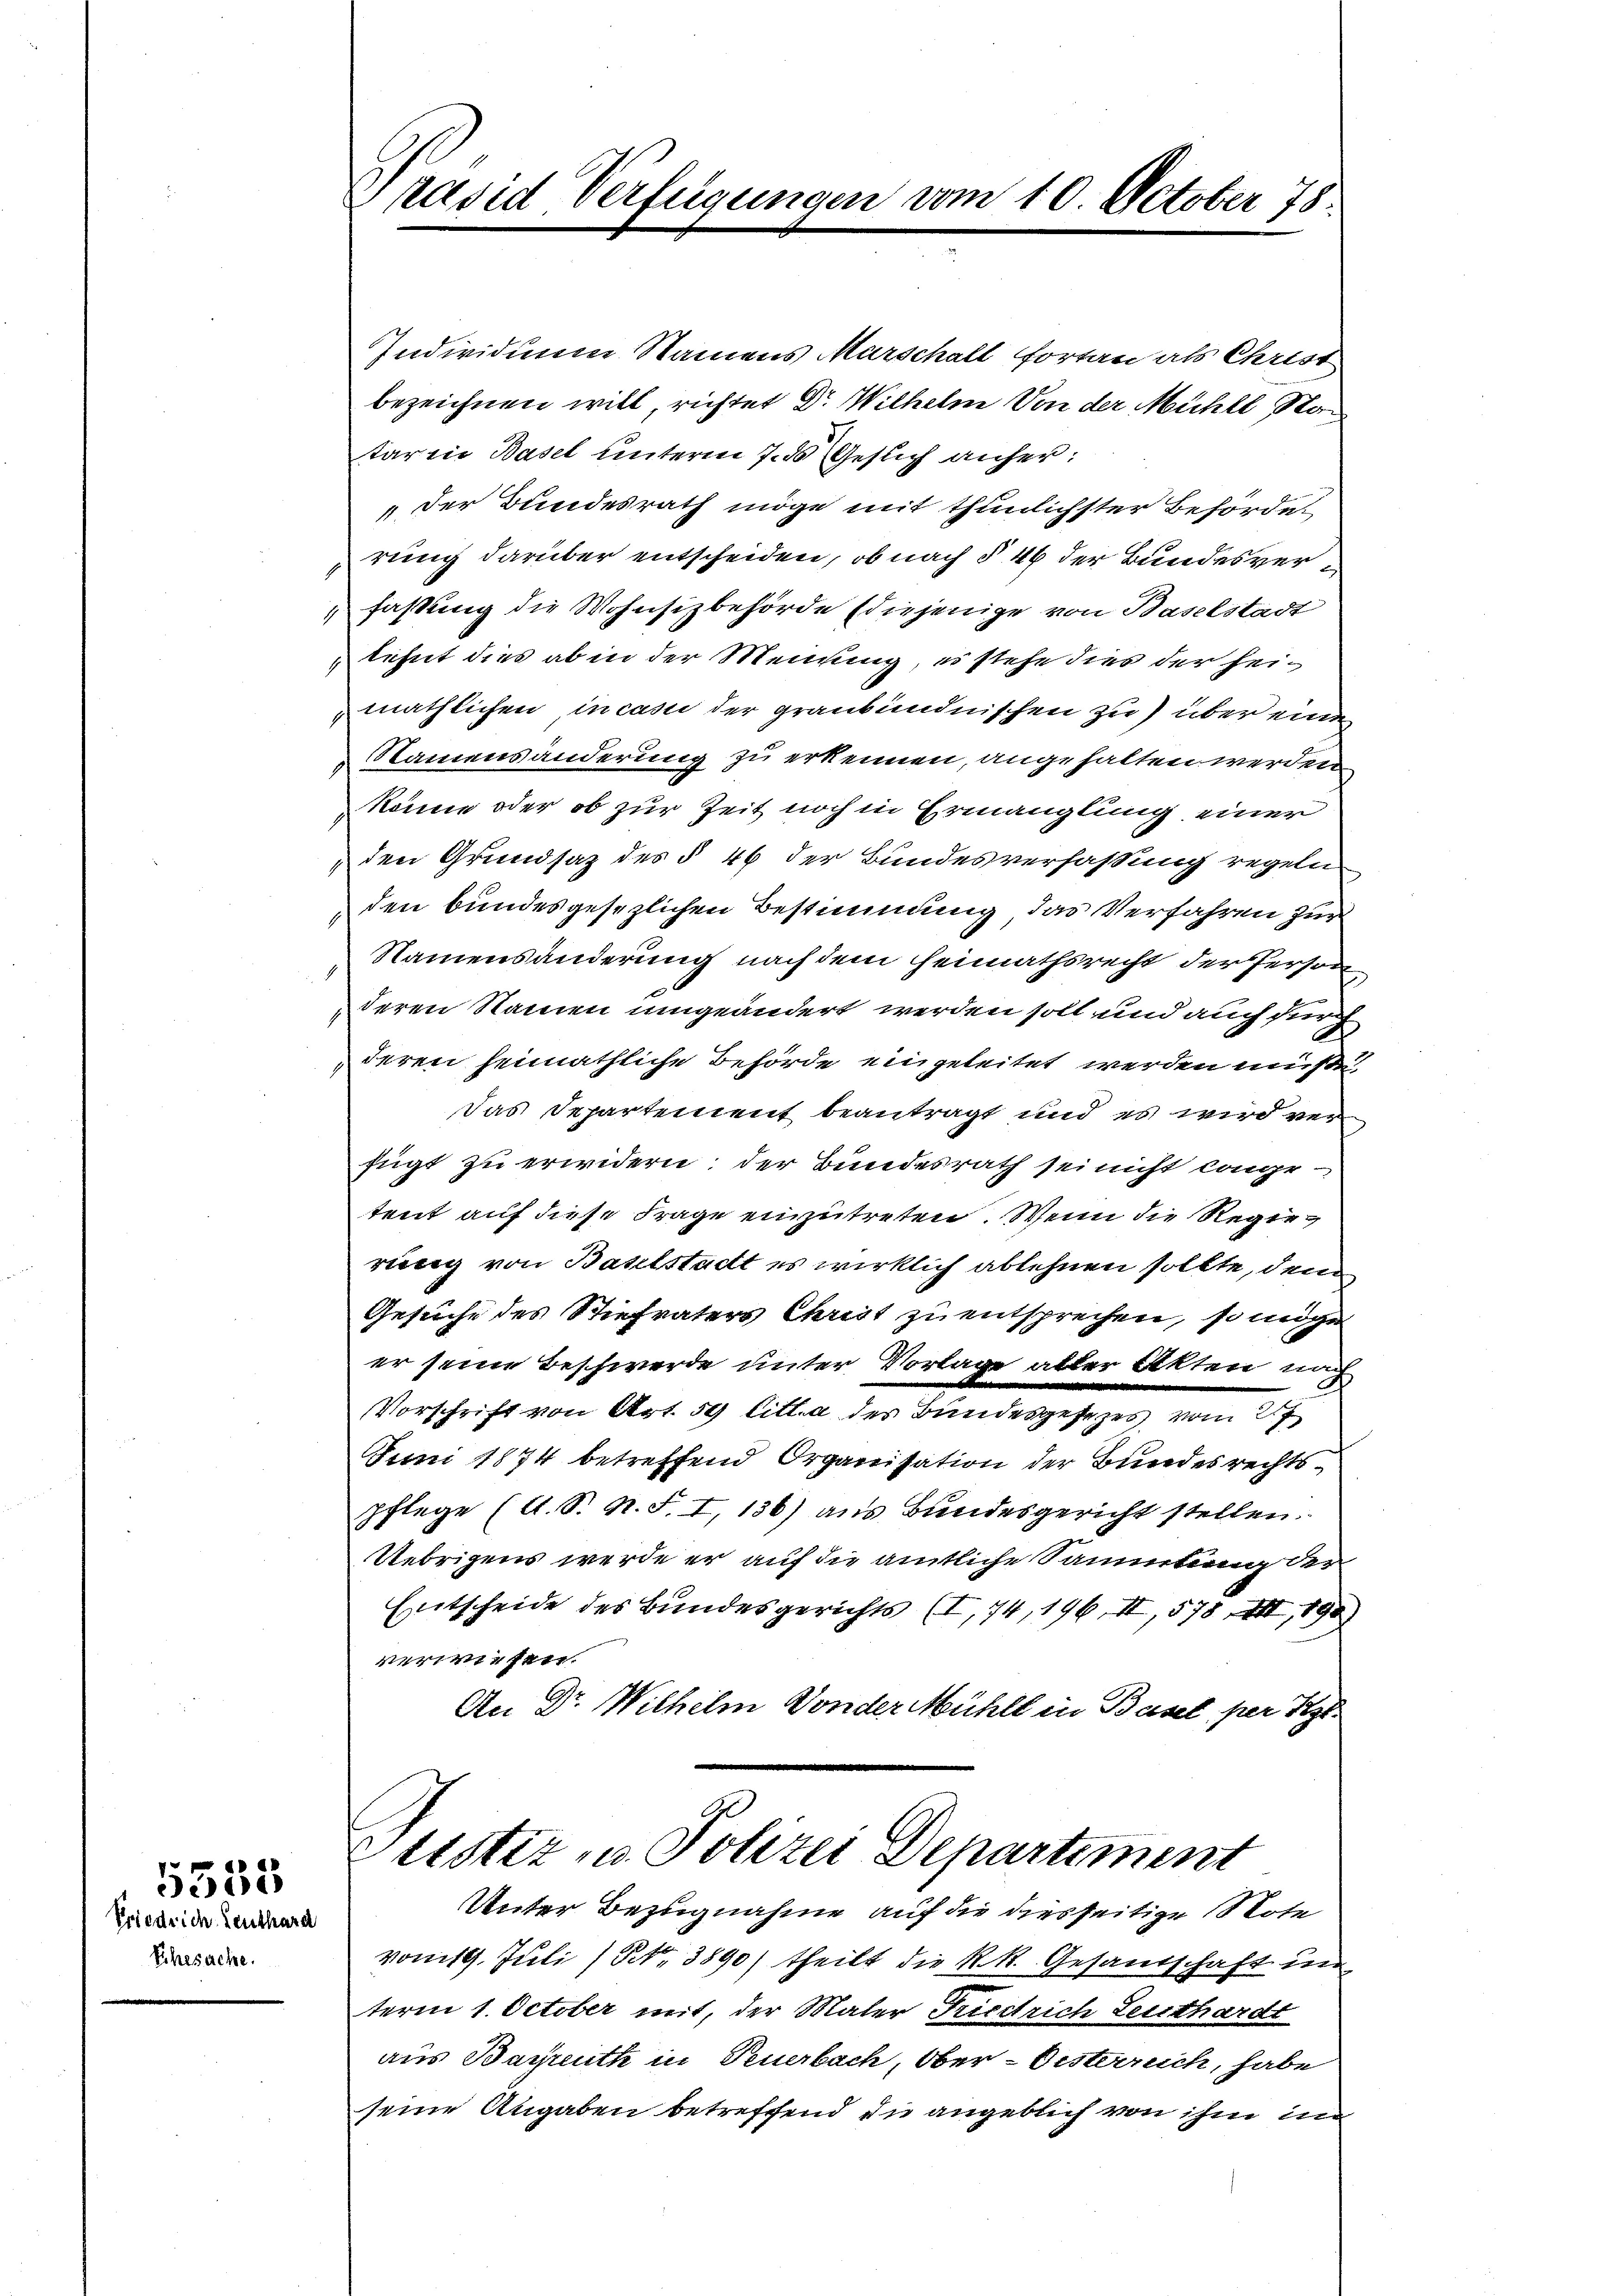
Priedrich Leuthard
Ehesache.

553

1
s
2
2
d
2
1
.
1

präsid Verfügungen vom 10. October 78.

Individuum Namens Marschalt fortan als Christ
bezeichnen will richtet Dr. Wilhelm Von der Mühle Statar in Basel unterm 7. ds Gesuch anher¬
" der Bundesrath möge mit thunlichster Behörder
rung darüber entscheiden, ob nach § 46 der Bundesverfassung die Wohnsizbehörde (diejenige von Baselstadt
lehnt dies ab in der Meinung, es stehe dies der heimäthlichen in casii der graubündnischen zu über eine
Namensänderung zu erkennen, angehalten werden
könne oder ob zur Zeit noch in Ermanglung einer
den Grundsaz des § 46 der Bundesverfassung regeln
den bundesgesezlichen Bestimmung, das Verfahren zur
Namensänderung nach dem Heimathsrecht der Person
deren Namen umgeändert werden soll und auch durch
deren heimathliche Behörde eingeleitet werden müßte,
Das Departement beantragt und es wird verfügt zu erwidern; der Bundesrath sei nicht lange-
tent auf diese Frage einzutreten. Wenn die Regierung von Baselstadt es wirklich ablehnen sollte, dem
Gesuche des Stiefvaters Christ zu entsprechen, so möge
er seine Beschwerde unter Vorlage aller Akten nach
Vorschrift von Art. 59 litt. a der Bundesgesezes vom 27
Juni 1874 betreffend Organisation der Bundesrechtspflege (s. S. N. F. I, 136) aus Bundesgericht stellen.
Uebrigens werde er auf die amtliche Sammlung der
Entscheide des Bundesgerichts (I, 74, 196. II, 578 XXIII, 190
verwiesen.
An Dr. Wilhelm Vonder Mühlt in Basel, per Tit.
Justiz- u. Polizei Departiment
Unter Bezugnahme auf die diesseitige Note
vom 19. Juli (Nr. 3890) theilt die k.k. Gesandschaft un
term 1. October mit, der Mater Friedrich Leithardt
aus Bayreuth in Feuerbach, Ober-Oesterrich, habe
seine Angaben betreffend die angeblich von ihm im